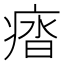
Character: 𭼖